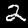
Label: 2